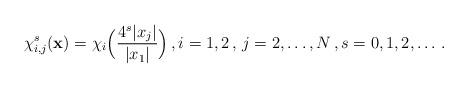
LaTeX: \begin{align*} \chi_{i,j}^{s}({\bf x})=\chi_{i}\Big(\frac{4^{s}|x_j|}{|x_1|}\Big)\,, i=1,2\,,\, j=2,\ldots,N\,,s=0,1,2,\ldots\,.\end{align*}